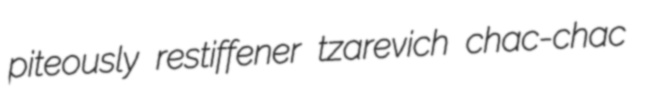
piteously restiffener tzarevich chac-chac